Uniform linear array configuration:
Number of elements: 8
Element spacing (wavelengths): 0.25
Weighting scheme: kaiser
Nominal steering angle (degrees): -60
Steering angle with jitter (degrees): -58.71
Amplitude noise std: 0.05
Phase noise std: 0.05

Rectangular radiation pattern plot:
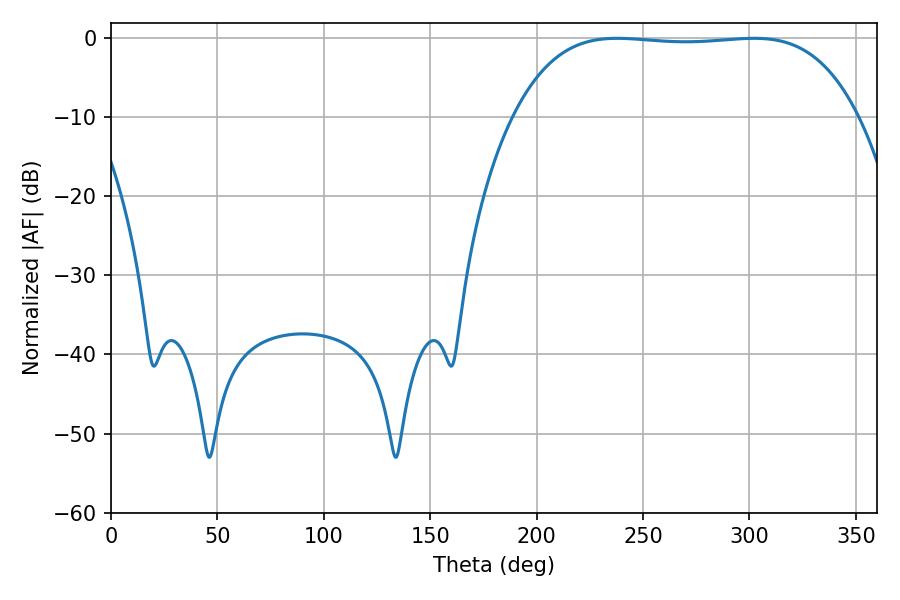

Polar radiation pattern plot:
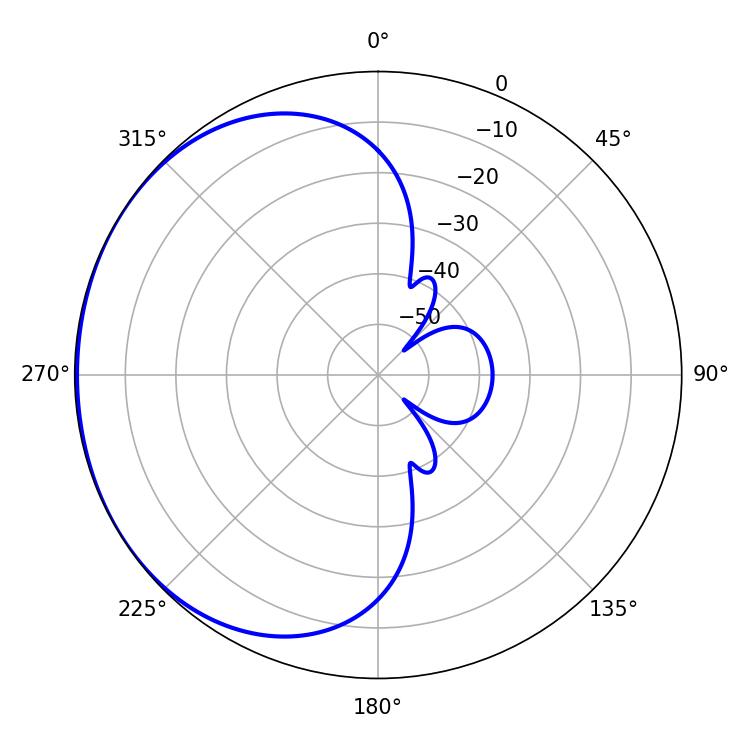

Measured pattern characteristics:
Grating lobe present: FALSE
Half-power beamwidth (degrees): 126.36
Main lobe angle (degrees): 237.78